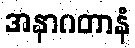
အနာဂတာနံ